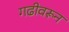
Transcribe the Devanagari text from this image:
गढीवरून